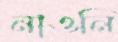
নাওনি